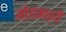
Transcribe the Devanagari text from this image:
मोडमध्ये